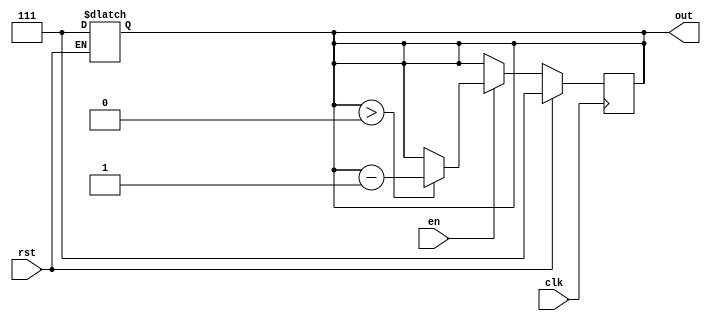
module down_counter_moore (
    input wire clk,       // Clock input
    input wire rst,       // Asynchronous reset
    input wire en,        // Enable signal
    output reg [2:0] out  // 3-bit count output (to count down from 7 to 0)
);

    // State encoding
    localparam [2:0] INITIAL_STATE = 3'b111; // 7 in binary
    localparam [2:0] ZERO_STATE    = 3'b000; // 0 in binary

    // State variable
    reg [2:0] current_state;

    // Asynchronous Reset
    always @(*) begin
        if (rst) begin
            current_state = INITIAL_STATE; // Reset to initial state (7)
        end
    end

    // Sequential logic for state transitions
    always @(posedge clk) begin
        if (rst) begin
            current_state <= INITIAL_STATE; // Reset to initial state on reset
        end else if (en) begin
            if (current_state > ZERO_STATE) begin
                current_state <= current_state - 1; // Decrement the count
            end
            // If current_state is already zero, it will remain zero
        end
    end

    // Output logic (Moore output)
    always @(*) begin
        out = current_state; // Output the current state as count
    end

endmodule